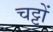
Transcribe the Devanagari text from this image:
चट्टों